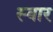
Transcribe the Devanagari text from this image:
स्‍वार